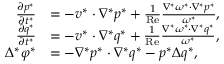
\begin{array} { r l } { \frac { \partial p ^ { * } } { \partial t ^ { * } } } & { = - \boldsymbol { v ^ { * } } \cdot \nabla ^ { * } p ^ { * } + \frac { 1 } { \mathrm { R e } } \frac { \nabla ^ { * } \omega ^ { * } \cdot \nabla ^ { * } p ^ { * } } { \omega ^ { * } } , } \\ { \frac { \partial q ^ { * } } { \partial t ^ { * } } } & { = - \boldsymbol { v ^ { * } } \cdot \nabla ^ { * } q ^ { * } + \frac { 1 } { \mathrm { R e } } \frac { \nabla ^ { * } \omega ^ { * } \cdot \nabla ^ { * } q ^ { * } } { \omega ^ { * } } , } \\ { \Delta ^ { * } \varphi ^ { * } } & { = - \nabla ^ { * } p ^ { * } \cdot \nabla ^ { * } q ^ { * } - p ^ { * } \Delta q ^ { * } , } \end{array}